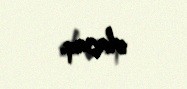
olacaq.